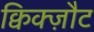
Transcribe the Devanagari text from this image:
क्विक्ज़ौट